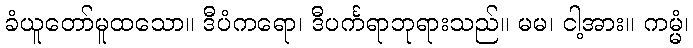
ခံယူတော်မူထသော။ ဒီပံကရော၊ ဒီပင်္ကရာဘုရားသည်။ မမ၊ ငါ့အား။ ကမ္မံ၊